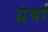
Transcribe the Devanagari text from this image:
ग्रंर्थों